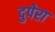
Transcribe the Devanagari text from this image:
दुपेरा